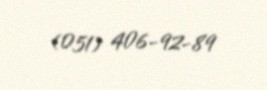
(051) 406-92-89